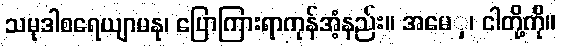
သမုဒါစရေယျာမနု၊ ပြောကြားရာကုန်အံ့နည်း။ အမေှ၊ ငါတို့ကို။